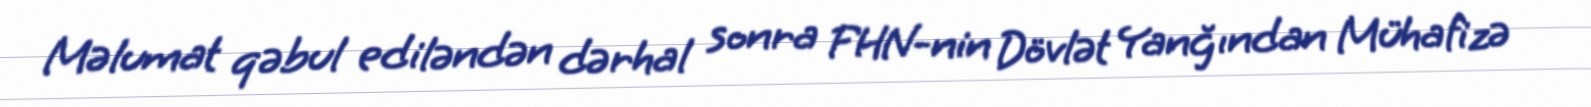
Məlumat qəbul ediləndən dərhal sonra FHN-nin Dövlət Yanğından Mühafizə